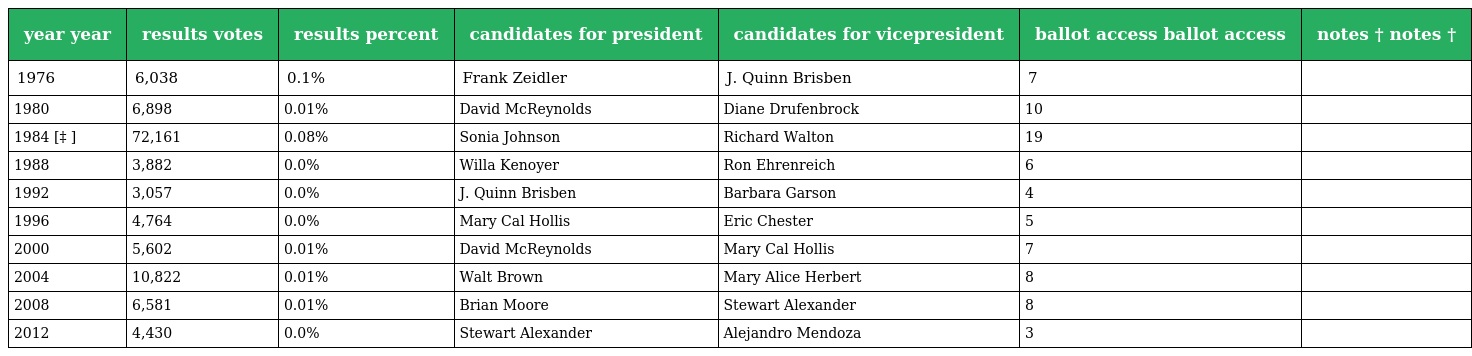
| year year | results votes | results percent | candidates for president | candidates for vicepresident | ballot access ballot access | notes † notes † |
 | --- | --- | --- | --- | --- | --- | --- |
 | 1976 | 6,038 | 0.1% | Frank Zeidler | J. Quinn Brisben | 7 |  |
 | 1980 | 6,898 | 0.01% | David McReynolds | Diane Drufenbrock | 10 |  |
 | 1984 [‡ ] | 72,161 | 0.08% | Sonia Johnson | Richard Walton | 19 |  |
 | 1988 | 3,882 | 0.0% | Willa Kenoyer | Ron Ehrenreich | 6 |  |
 | 1992 | 3,057 | 0.0% | J. Quinn Brisben | Barbara Garson | 4 |  |
 | 1996 | 4,764 | 0.0% | Mary Cal Hollis | Eric Chester | 5 |  |
 | 2000 | 5,602 | 0.01% | David McReynolds | Mary Cal Hollis | 7 |  |
 | 2004 | 10,822 | 0.01% | Walt Brown | Mary Alice Herbert | 8 |  |
 | 2008 | 6,581 | 0.01% | Brian Moore | Stewart Alexander | 8 |  |
 | 2012 | 4,430 | 0.0% | Stewart Alexander | Alejandro Mendoza | 3 |  |